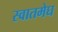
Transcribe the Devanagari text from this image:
स्वातमेघ